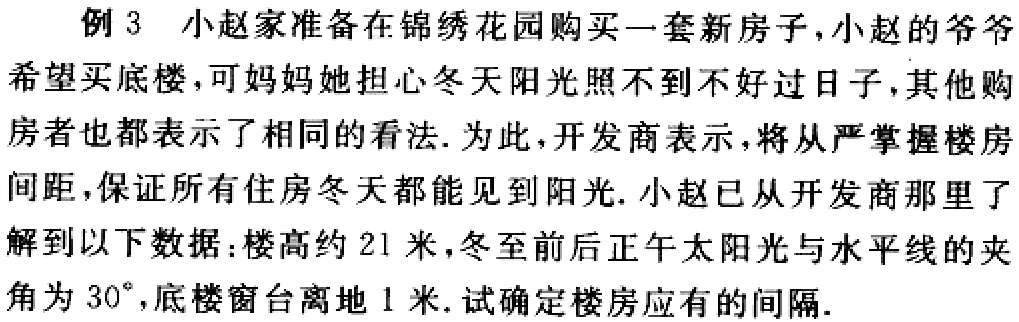
例 3 小赵家准备在锦绣花园购买一套新房子,小赵的爷爷

希望买底楼,可妈妈她担心冬天阳光照不到不好过日子,其他购

房者也都表示了相同的看法. 为此,开发商表示,将从严掌握楼房

间距,保证所有住房冬天都能见到阳光. 小赵已从开发商那里了

解到以下数据:楼高约 21 米,冬至前后正午太阳光与水平线的夹

角为 \(30^{\circ}\),底楼窗台离地 1 米. 试确定楼房应有的间隔.